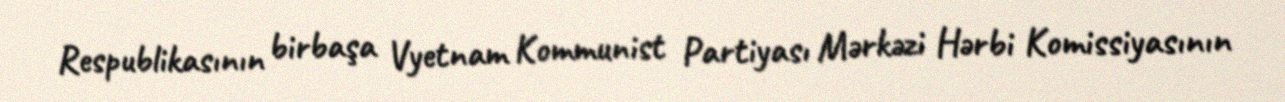
Respublikasının birbaşa Vyetnam Kommunist Partiyası Mərkəzi Hərbi Komissiyasının